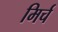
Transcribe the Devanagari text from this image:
मिर्च